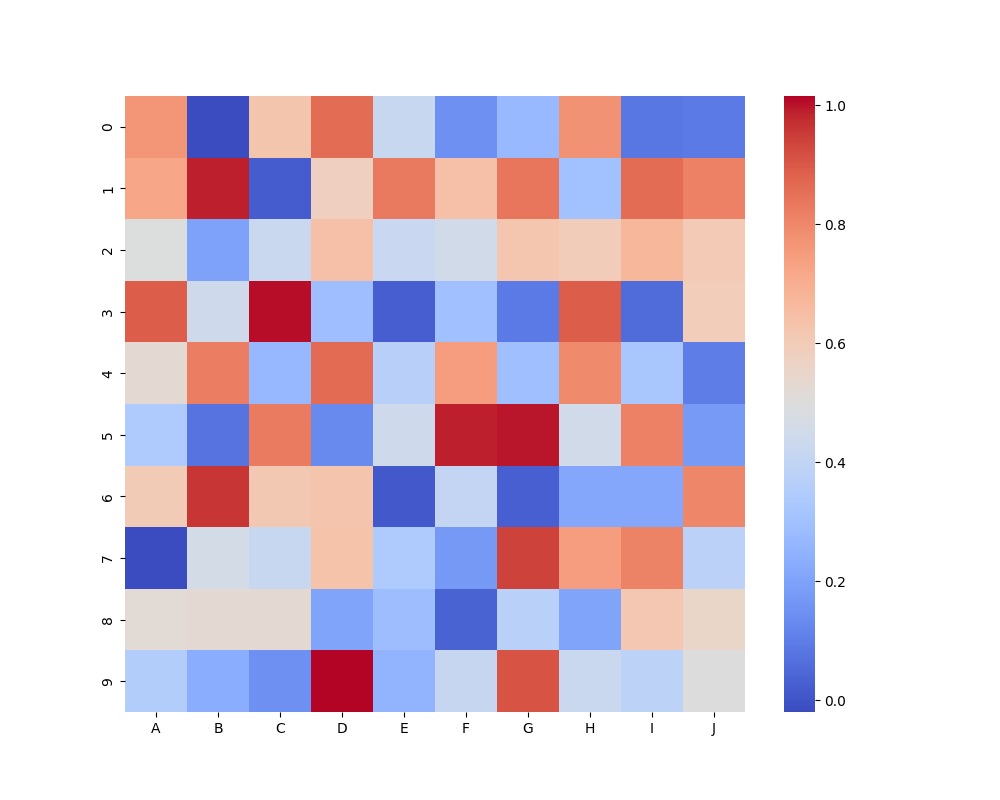
python, seaborn, heatmap, cmap='coolwarm', linewidths=0.0, center=none